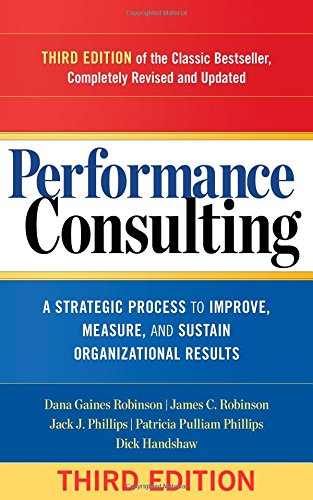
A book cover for Performance Consulting: A Strategic Process to Improve, Measure, and Sustain Organizational Results; Dana Gaines Robinson; Business & Money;